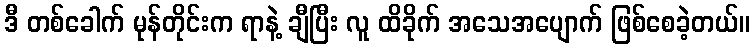
ဒီ တစ်ခေါက် မုန်တိုင်းက ရာနဲ့ ချီပြီး လူ ထိခိုက် အသေအပျောက် ဖြစ်စေခဲ့တယ်။